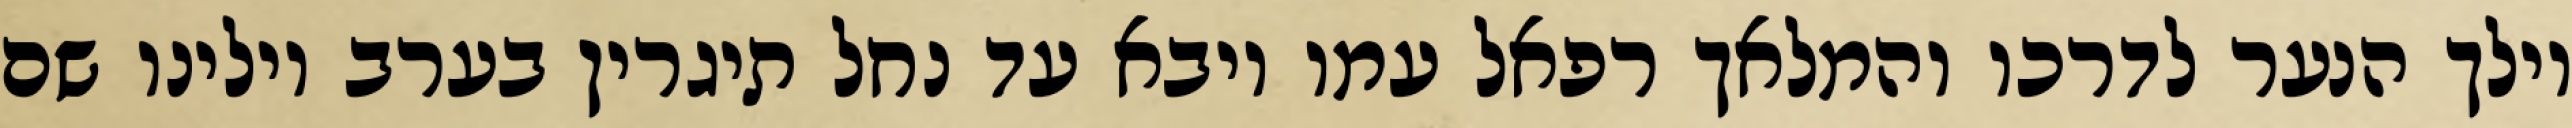
וילך הנער לדרכו והמלאך רפאל עמו ויבא עד נחל תיגרין בערב וילינו שם